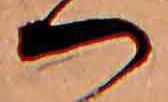
つ